Annual report on the lock hospitals of the Madras Presidency
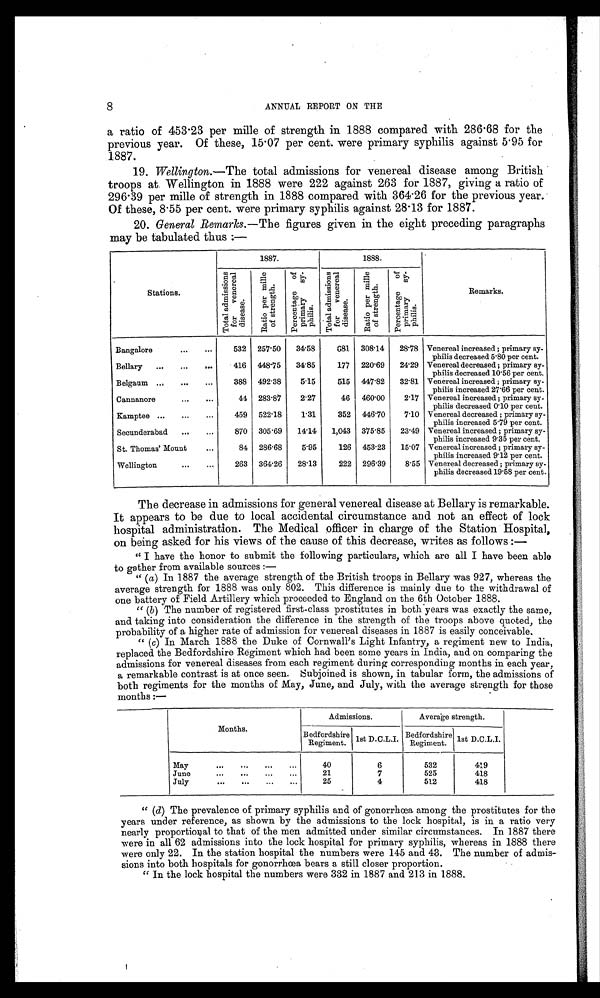
8
ANNUAL REPORT ON THE
a ratio of 453.23 per mille of strength in 1888 compared with 286.68 for the
previous year. Of these, 15.07 per cent. were primary syphilis against 5.95 for
1887.
19. Wellington.—The total admissions for venereal disease among British
troops at. Wellington in 1888 were 222 against 263 for 1887, giving a ratio of
296.39 per mille of strength in 1888 compared with 364.26 for the previous year.
Of these, 8.55 per cent. were primary syphilis against 28.13 for 1887.
20. General Remarks.—The figures given in the eight preceding paragraphs
may be tabulated thus :—
Stations.
1887.
1888.
Remarks.
To t a l a d mi s s i o n s
f or vener eal
disease.
R a t i o p e r m i l l e
o f s t r e n g t h .
Pe r c e n t a g e o f
pr i ma r y s y-
philis.
T o t a l a d mi s s i o n s
f or vener al
di sease.
R a t i o p e r m i l l e
o f S t r e n g t h .
P e r c e n t a g e o f
p r i ma r y s y -
phi l i s.
Bangalore
...
...
532 257.50 34.58
681 308.14 28.78 Venereal increased ; primary sy-
philis decreased 5.80 per cent.
Bellary ... ... ...
416 448.75 34.85
177 220.69 24.29 Venereal decreased; primary sy-
philis decreased 10.56 per cent.
Belgaum ...
... ...
388 492.38
5.15
515 447.82 32.81 Venereal increased ; primary sy-
philis increased 27.66 per cent.
Cannanore
...
...
44 283.87
2.27
46 460.00
2.17 Venereal increased ; primary sy-
philis decreased 0.10 per cent.
Kamptee ... ... ...
459 522.18
1.31
352 446.70
7.10 Venereal decreased ; primary sy-
philis increased 5.79 per cent.
Secunderabad ... ...
870 305.69 14.14 1,043 375.85 23.49 Venereal increased ; primary sy-
philis increased 9.35 per cent.
St. Thomas' Mount
...
84 286.68
5.95
126 453.23 15.07 Venereal increased ; primary sy-
philis increased 9.12 per cent.
Wellington
...
. . .
263 364.26 28.13
222 296.39
8.55 Venereal decreased ; primary sy-
philis decreased 19.58 per cent.
The decrease in admissions for general venereal disease at Bellary is remarkable.
It appears to be due to local accidental circumstance and not an effect of lock
hospital administration. The Medical officer in charge of the Station Hospital,
on being asked for his views of the cause of this decrease, writes as follows :
—
" I have the honor to submit the following particulars, which are all I have been able
to gather from available sources :—
" (a) In 1887 the average strength of the British troops in Bellary was 927, whereas the
average strength for 1888 was only 802. This difference is mainly due to the withdrawal of
one battery of Field Artillery which proceeded to England on the 6th October 1888.
" (b) The number of registered first-class prostitutes in both years was exactly the same,
and taking into consideration the difference in the strength of the troops above quoted, the
probability of a higher rate of admission for venereal diseases in 1887 is easily conceivable.
" ( c) In March 1888 the Duke of Cornwall's Light Infantry, a regiment new to India,
replaced the Bedfordshire Regiment which had been some years in India, and on comparing the
admissions for venereal diseases from each regiment during corresponding months in each year,
a remarkable contrast is at once seen. Subjoined is shown, in tabular form, the admissions of
both regiments for the months of May, June, and July, with the average strength for those
months :—
Months.
Admissions.
Average strength.
Bedfordshire
Regiment. 1st D.C.L.I. Bedfordshire
Regiment. 1st D.C.L.I.
May
...
...
...
...
40
6
532
419
June
...
...
...
...
21
7
525
418
July
...
...
...
...
25
4
5 2 2
418
" (d) The prevalence of primary syphilis and of gonorrhœa among the prostitutes for the
years under reference, as shown by the admissions to the lock hospital, is in a ratio very
nearly proportional to that of the men admitted under similar circumstances. In 1887 there
were in all 62 admissions into the lock hospital for primary syphilis, whereas in 1888 there
were only 22. In the station hospital the numbers were 145 and 43. The number of admis-
sions into both hospitals for gonorrhœa bears a still closer proportion.
" In the lock hospital the numbers were 332 in 1887 and 213 in 1888.